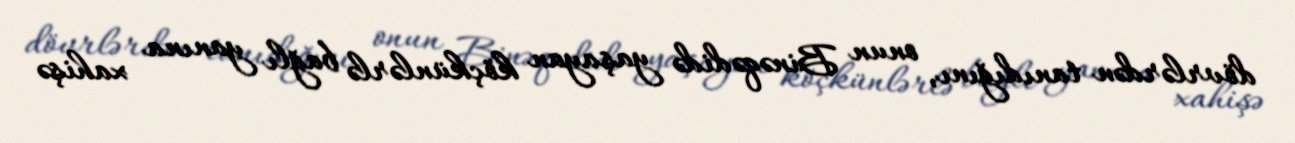
dövrlərdən tanıdığını, onun Binəqədidə yaşayan köçkünlərlə bağlı yanına xahişə